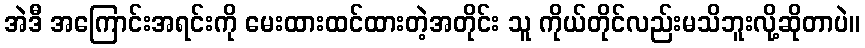
အဲဒီ အကြောင်းအရင်းကို မေးထားထင်ထားတဲ့အတိုင်း သူ ကိုယ်တိုင်လည်းမသိဘူးလို့ဆိုတာပဲ။